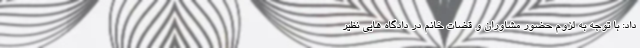
داد: با توجه به لزوم حضور مشاوران و قضات خانم در دادگاه هایی نظیر